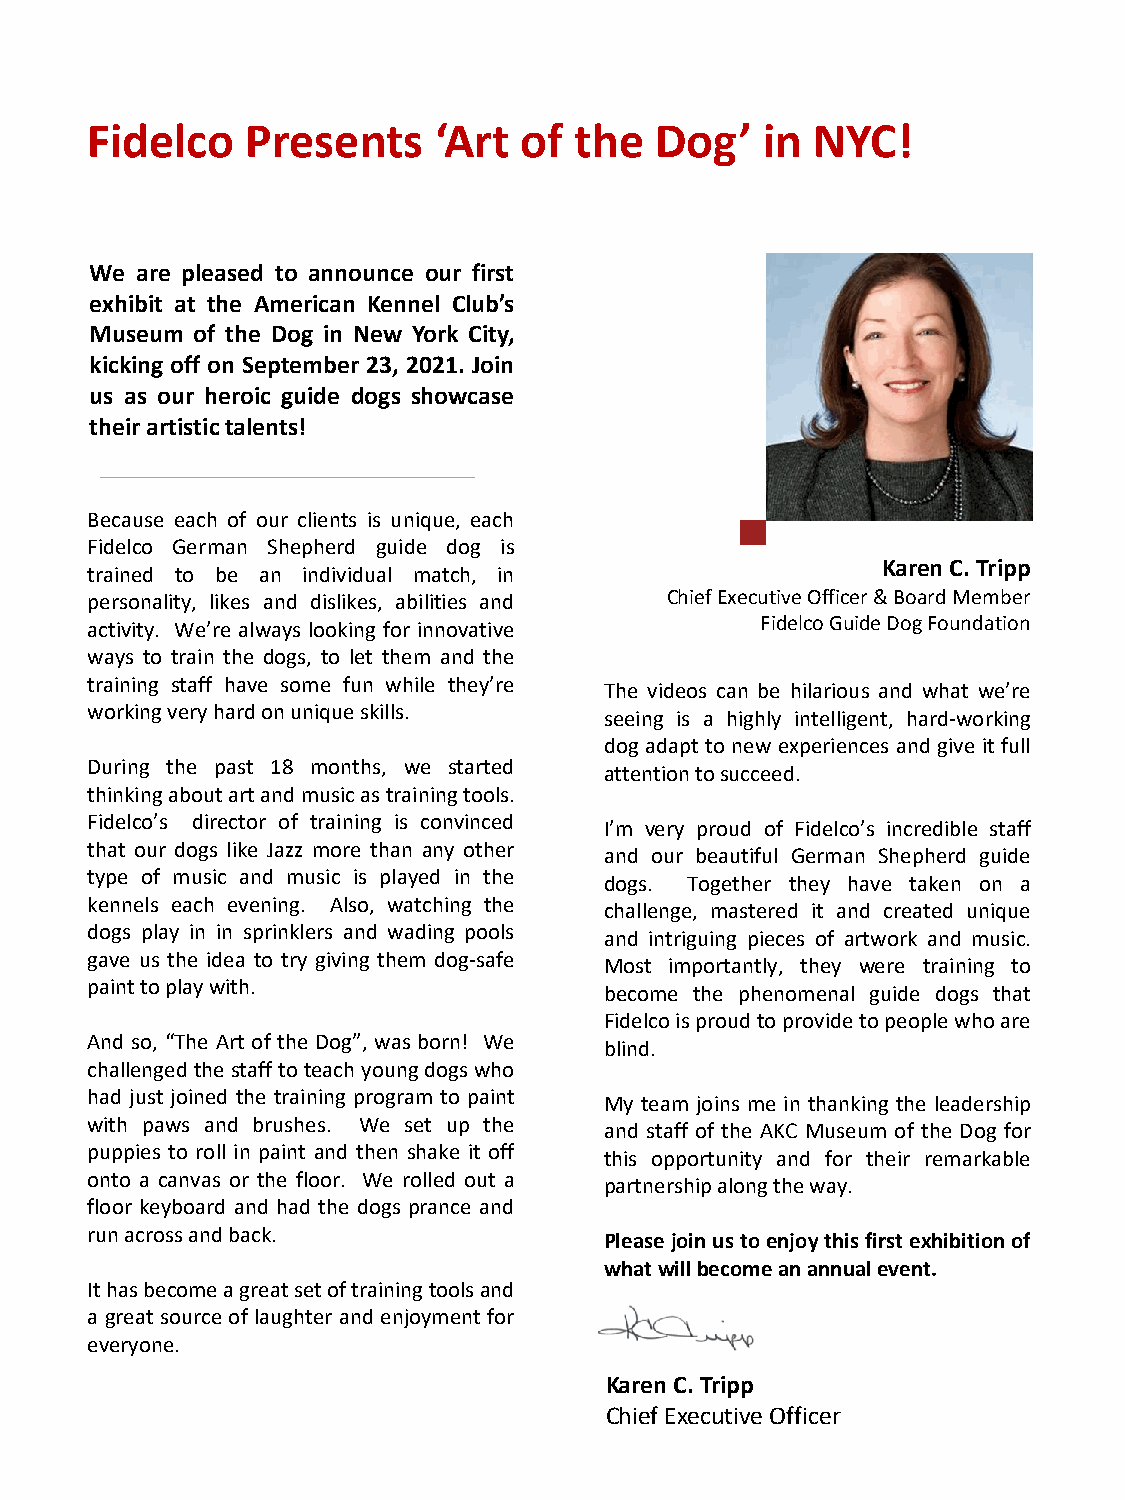
Fidelco   Presents     ‘Art of  the  Dog’    in NYC!
 We are pleased to announce our first
 exhibit at the American Kennel Club’s
 Museum of the Dog in New York City,
 kicking off on September 23, 2021. Join
 us as our heroic guide dogs showcase
 theirartistictalents!
 Because each of our clients is unique, each
 Fidelco German Shepherd guide dog is
 Karen C. Tripp
 trained to be an individual match, in
 personality, likes and dislikes, abilities and Chief Executive Officer & Board Member
 activity. We’re always looking for innovative Fidelco Guide Dog Foundation
 ways to train the dogs, to let them and the
 training staff have some fun while they’re
 The videos can be hilarious and what we’re
 workingveryhardonuniqueskills.
 seeing is a highly intelligent, hard-working
 dog adapt to new experiences and give it full
 During the past 18 months, we started
 attentiontosucceed.
 thinkingaboutartandmusicastrainingtools.
 Fidelco’s director of training is convinced
 I’m very proud of Fidelco’s incredible staff
 that our dogs like Jazz more than any other
 and our beautiful German Shepherd guide
 type of music and music is played in the
 dogs. Together they have taken on a
 kennels each evening. Also, watching the
 challenge, mastered it and created unique
 dogs play in in sprinklers and wading pools
 and intriguing pieces of artwork and music.
 gave us the idea to try giving them dog-safe
 Most importantly, they were training to
 painttoplaywith.
 become the phenomenal guide dogs that
 Fidelcoisproudtoprovidetopeoplewhoare
 And so, “The Art of the Dog”, was born! We
 blind.
 challengedthestafftoteachyoungdogswho
 had just joined the training program to paint
 My team joins me in thanking the leadership
 with paws and brushes. We set up the
 and staff of the AKC Museum of the Dog for
 puppies to roll in paint and then shake it off
 this opportunity and for their remarkable
 onto a canvas or the floor. We rolled out a
 partnershipalongtheway.
 floor keyboard and had the dogs prance and
 runacrossandback.
 Pleasejoinustoenjoythisfirstexhibitionof
 whatwillbecomeanannualevent.
 Ithasbecomeagreatsetoftrainingtoolsand
 a great source of laughter and enjoyment for
 everyone.
 Karen C. Tripp
 Chief Executive Officer